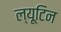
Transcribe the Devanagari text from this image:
ल्यूटिन